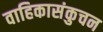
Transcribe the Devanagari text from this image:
वाहिकासंकुचन